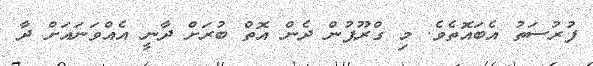
ފުރުސަތު އެބައޮތެވެ. މި ގްރޫޕުން ދެން އޮތް ބުރަށް ދާނީ އެއްވަނައަށް ދާ